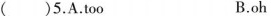
()5.A.too B.oh